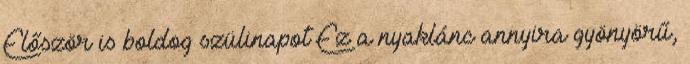
Először is boldog szülinapot Ez a nyaklánc annyira gyönyörű,